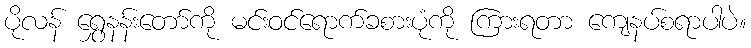
ပိုလန် ရွှေနန်းတော်ကို မင်းဝင်ရောက်ခစားပုံကို ကြားရတာ ကျေနပ်စရာပါပဲ။